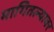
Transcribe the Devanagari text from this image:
मागितल्यावर